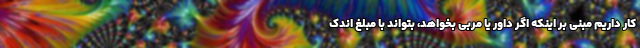
کار داریم مبنی بر اینکه اگر داور یا مربی بخواهد، بتواند با مبلغ اندک